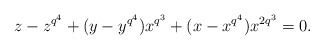
\begin{align*}z-z^{q^4}+(y-y^{q^4})x^{q^3}+(x-x^{q^4})x^{2q^3}=0.\end{align*}